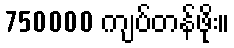
750000 ကျပ်တန်ဖိုး။